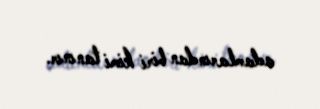
adamlarından biri kimi tanınır.